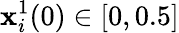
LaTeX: \mathbf{x}_{i}^{1}(0)\in[0,0.5]